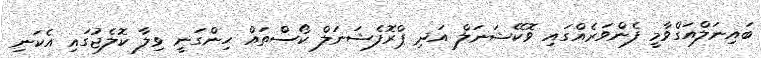
ބައިނަލްއަގްވާމީ ފެންވަރެއްގައި ވޮކޭޝަނަލް އަދި ޕްރޮފެޝަނަލް ކޯސްތައް ހިންގަނީ ވިލާ ކޮލެޖުގައި އެކަނި